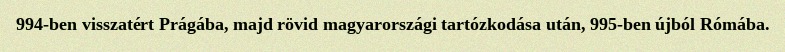
994-ben visszatért Prágába, majd rövid magyarországi tartózkodása után, 995-ben újból Rómába.